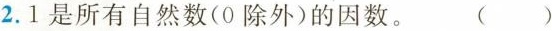
2. 1是所有自然数(0除外)的因数。 ()